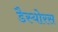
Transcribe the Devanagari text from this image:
डैस्योरस